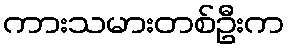
ကားသမားတစ်ဦးက